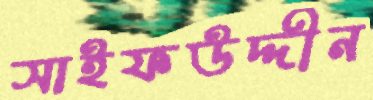
সাইফউদ্দীন